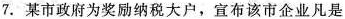
7.某市政府为奖励纳税大户，宣布该市企业凡是